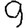
Digit: 9